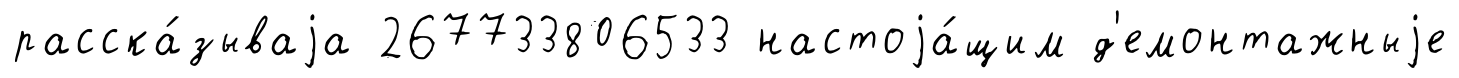
расска́зываjа 267733806533 настоjа́щим д'емонтажныjе